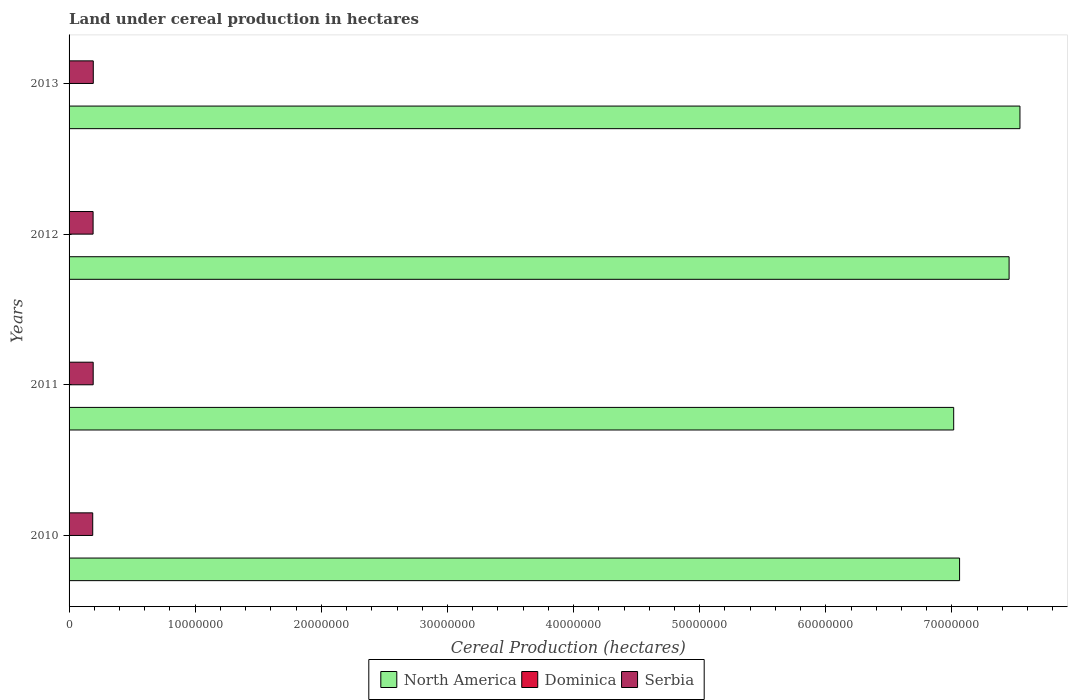
| Years | North America | Dominica | Serbia |
 | --- | --- | --- | --- |
 | 2010 | 7.06e+07 | 120 | 1.87e+06 |
 | 2011 | 7.01e+07 | 100 | 1.91e+06 |
 | 2012 | 7.45e+07 | 120 | 1.9e+06 |
 | 2013 | 7.54e+07 | 120 | 1.92e+06 |